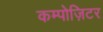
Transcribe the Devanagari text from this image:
कम्पोज़िटर